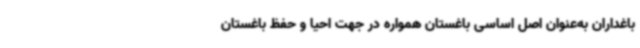
باغداران به‌عنوان اصل اساسی باغستان همواره در جهت احیا و حفظ باغستان